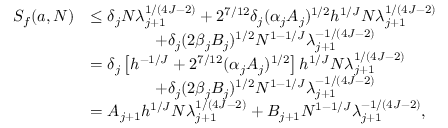
\begin{array} { r l } { S _ { f } ( a , N ) } & { \le \delta _ { j } N \lambda _ { j + 1 } ^ { 1 / ( 4 J - 2 ) } + 2 ^ { 7 / 1 2 } \delta _ { j } ( \alpha _ { j } A _ { j } ) ^ { 1 / 2 } h ^ { 1 / J } N \lambda _ { j + 1 } ^ { 1 / ( 4 J - 2 ) } } \\ & { \qquad \qquad + \delta _ { j } ( 2 \beta _ { j } B _ { j } ) ^ { 1 / 2 } N ^ { 1 - 1 / J } \lambda _ { j + 1 } ^ { - 1 / ( 4 J - 2 ) } } \\ & { = \delta _ { j } \left[ h ^ { - 1 / J } + 2 ^ { 7 / 1 2 } ( \alpha _ { j } A _ { j } ) ^ { 1 / 2 } \right] h ^ { 1 / J } N \lambda _ { j + 1 } ^ { 1 / ( 4 J - 2 ) } } \\ & { \qquad \qquad + \delta _ { j } ( 2 \beta _ { j } B _ { j } ) ^ { 1 / 2 } N ^ { 1 - 1 / J } \lambda _ { j + 1 } ^ { - 1 / ( 4 J - 2 ) } } \\ & { = A _ { j + 1 } h ^ { 1 / J } N \lambda _ { j + 1 } ^ { 1 / ( 4 J - 2 ) } + B _ { j + 1 } N ^ { 1 - 1 / J } \lambda _ { j + 1 } ^ { - 1 / ( 4 J - 2 ) } , } \end{array}